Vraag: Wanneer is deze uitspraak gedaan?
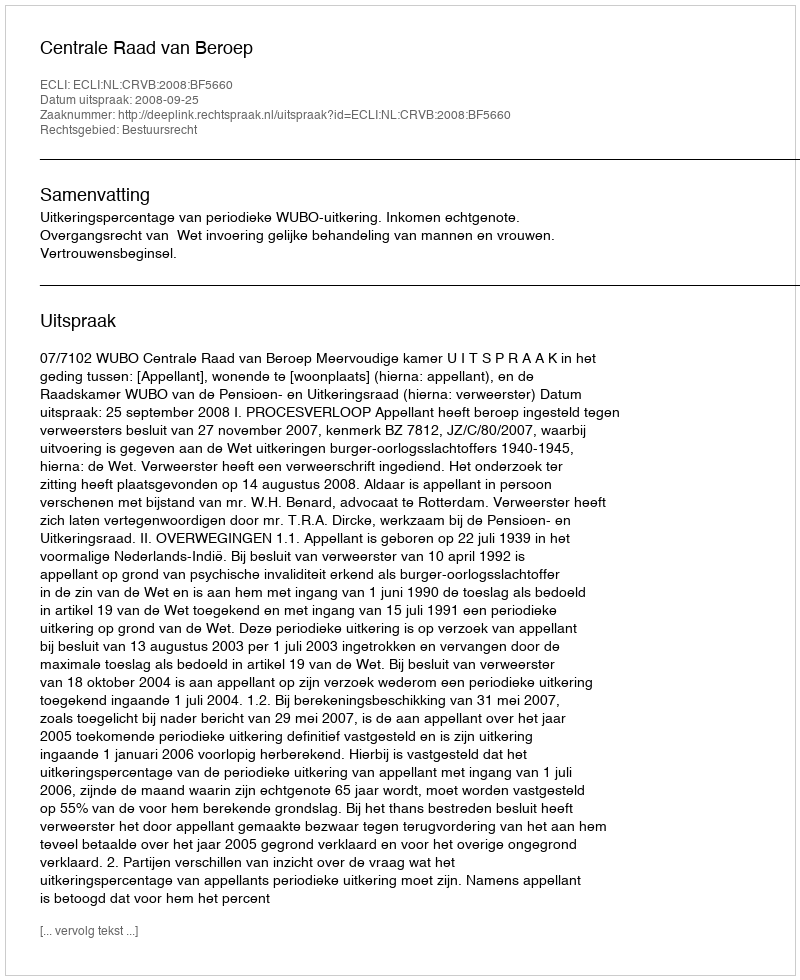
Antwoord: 2008-09-25